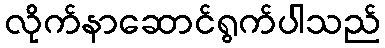
လိုက်နာဆောင်ရွက်ပါသည်